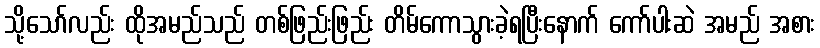
သို့သော်လည်း ထိုအမည်သည် တစ်ဖြည်းဖြည်း တိမ်ကောသွားခဲ့ရပြီးနောက် ကော်ပါးဆဲ အမည် အစား